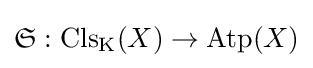
{\mathfrak {S}}:\mathrm {Cls} _{\text{K}}(X)\to \mathrm {Atp} (X)